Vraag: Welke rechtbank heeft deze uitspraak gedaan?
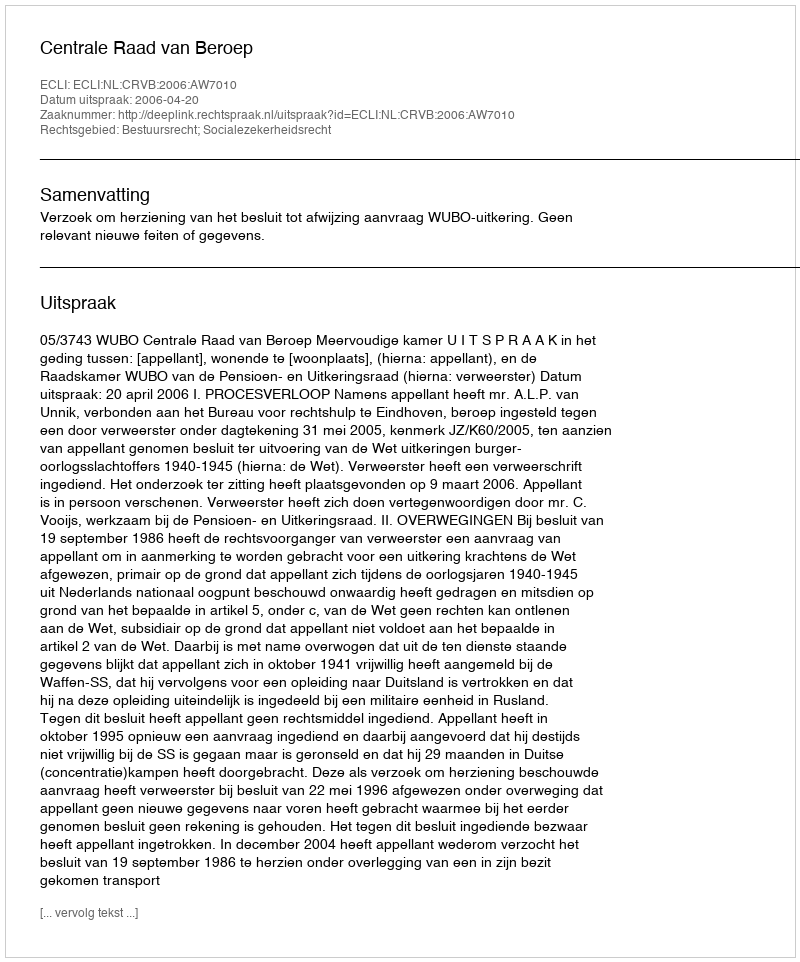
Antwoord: Centrale Raad van Beroep